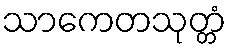
သာကေတသုတ္တံ